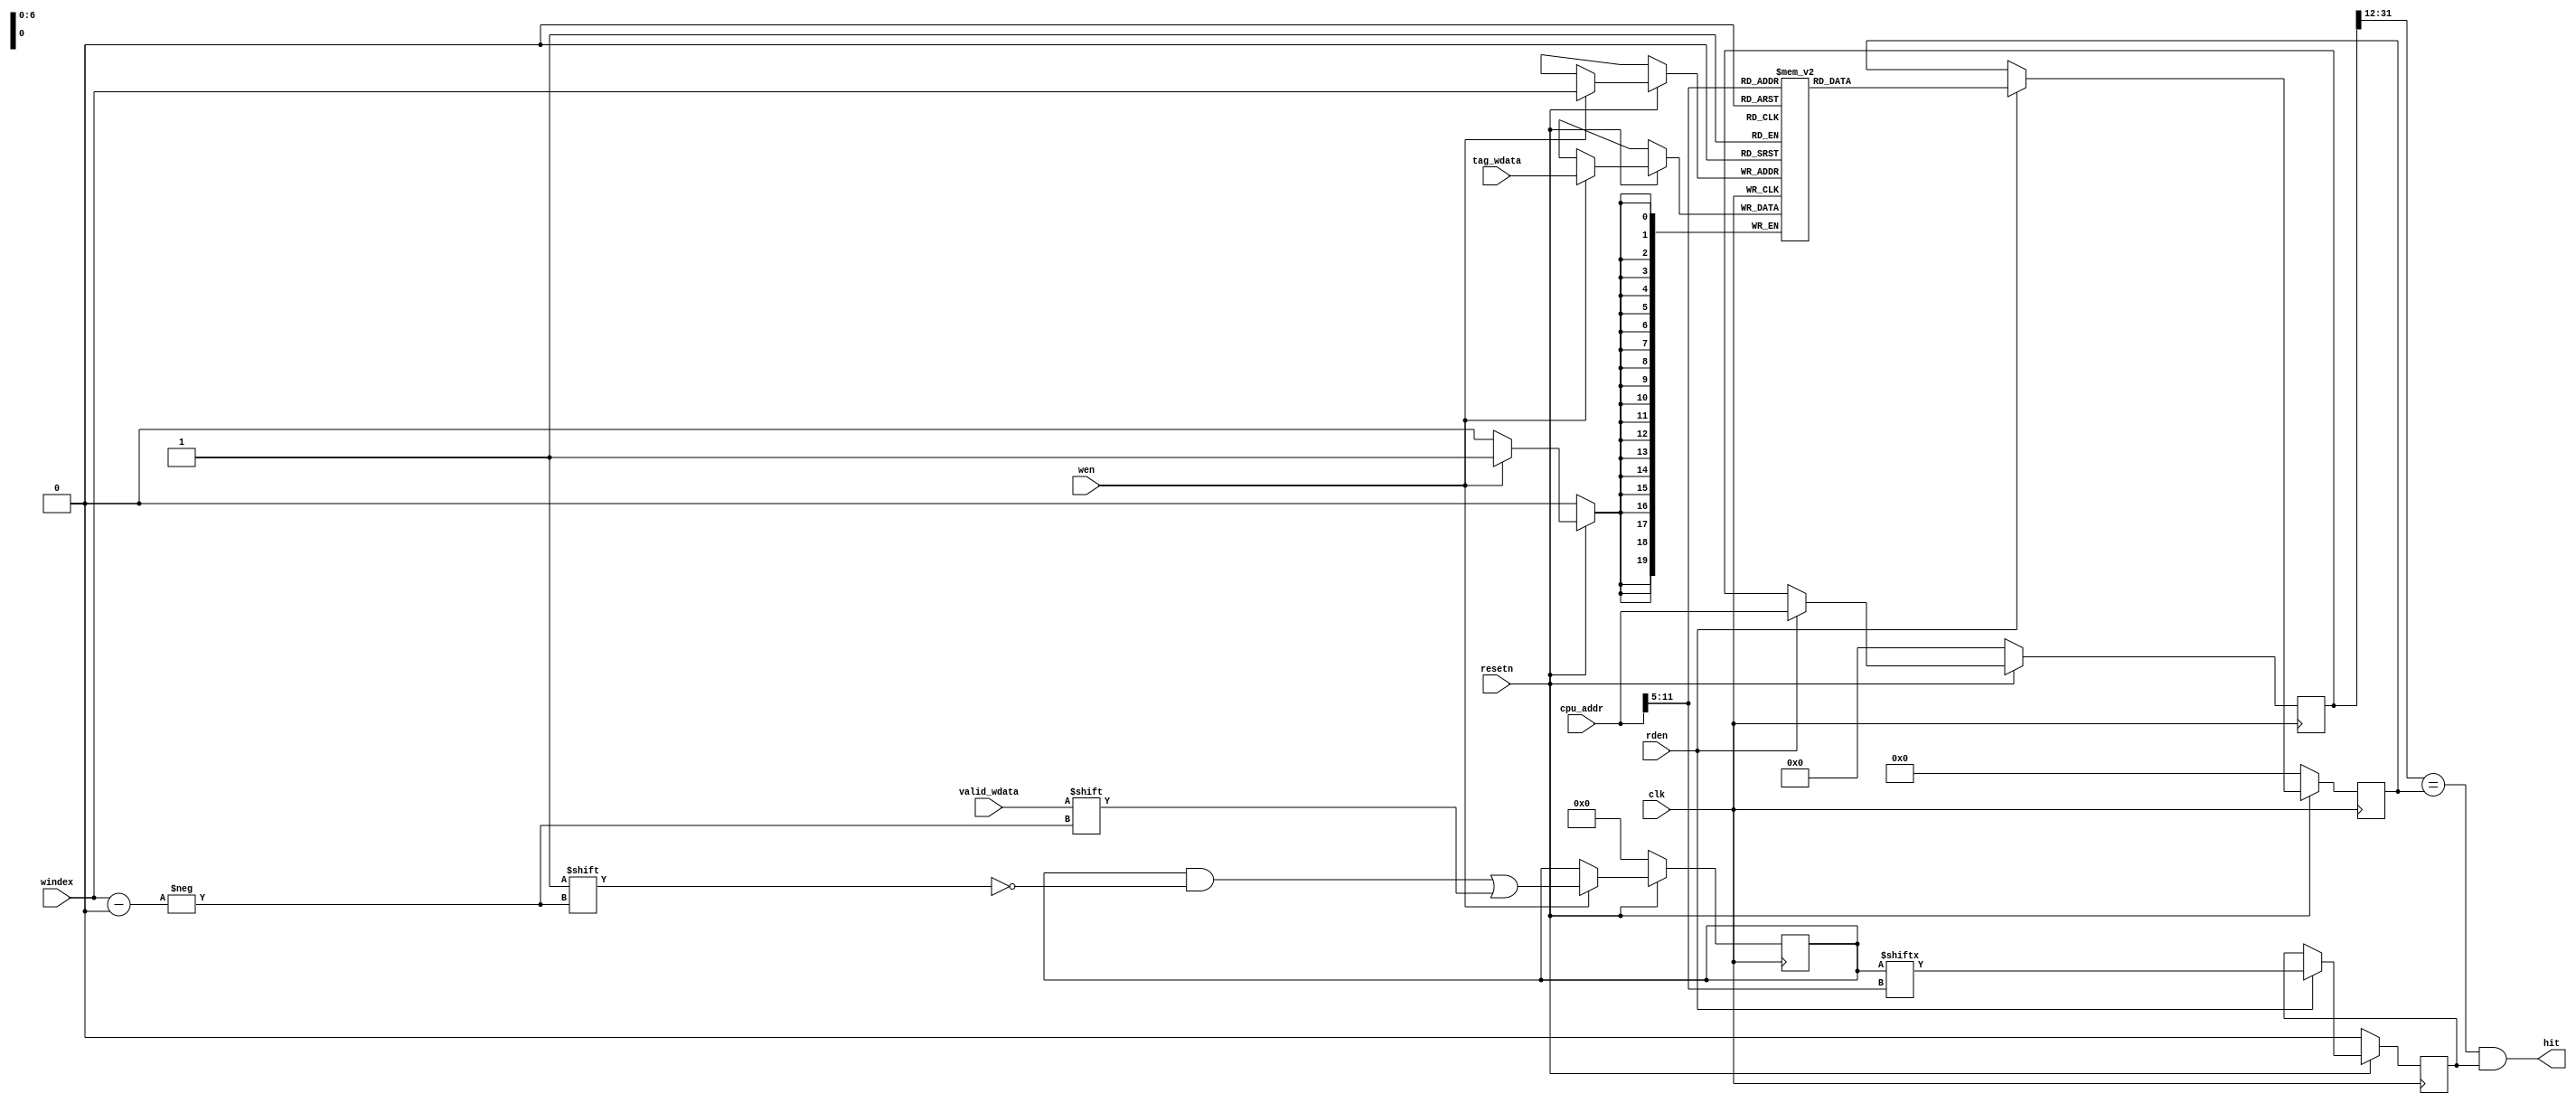
/* tag */
module icache_tagv_table(
    input           clk,        //
    input           resetn,     //

    //Cache missCache
    input           wen,        //
    input           valid_wdata,//1
    input[19:0]     tag_wdata,  //tag
    input[6:0]      windex,     //Cacheindex

    //Cache
    input           rden,       //
    input[31:0]     cpu_addr,   //CPU
    output hit                  //
    );

    reg[127:0]      valids;     //128
    reg[19:0]       tags[0:127];//Cachetag

    genvar i;
    generate
        for(i=0; i < 128; i = i + 1) begin
            initial begin
                tags[i]=0;      //tag ram0
                //tag ram00
            end
        end
    endgenerate

    //
    always@(posedge clk) begin
        if(~resetn)
            valids <= 0;        //Cache
        else begin
            if(wen) begin
                valids[windex] <= valid_wdata;
                tags[windex] <= tag_wdata;
            end
        end
    end

    //
    reg[19:0]       reg_tag;    //tag
    reg             reg_valid;  //
    reg[31:0]       reg_cpu_addr;   //CPU

    wire[6:0]       cpu_index=cpu_addr[11:5];   //CPUindex
    wire[19:0]      r_cpu_tag=reg_cpu_addr[31:12];    //CPUtag

    //
    always@(posedge clk) begin
        if(~resetn) begin
            reg_tag <= 0;
            reg_valid <= 0;
            reg_cpu_addr <= 0;
        end
        else begin
            if(rden) begin
                reg_tag <= tags[cpu_index];
                reg_valid <= valids[cpu_index];
                reg_cpu_addr <= cpu_addr;
            end
        end
    end

    //tag
    assign hit=(r_cpu_tag == reg_tag) & reg_valid;

endmodule